[Report on the health of British troops in the Madras command]
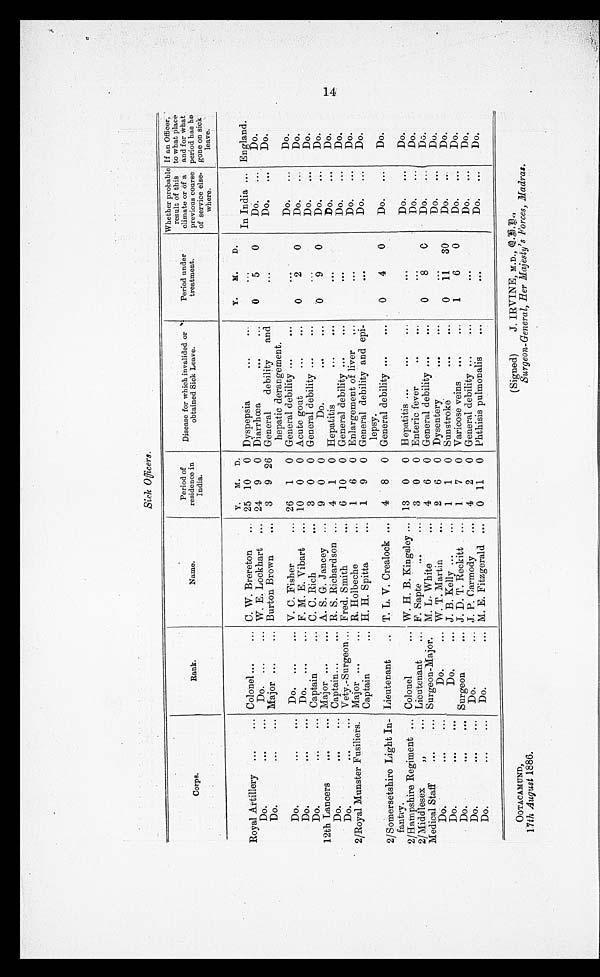
Sick Officers.
Corps.
Rank.
N a m e .
Period of
residence in
India.
Disease for which invalided or
obtained Sick Leave.
Period under
treatment.
Whether probable
result of this
climate or of a
previous course
of service else-
where.
If an Officer,
to what place
and for what
period has he
gone on sick
leave.
Royal Artillery ...
... Colonel ...
... C. W. Brereton
...
Y.
25
M.
10
D.
0 Dyspepsia
...
...
Y.
M.
...
D.
In India ... England.
Do.
...
...
Do. ...
... W. E. Lockhart ... 24
9
0 Diarrhoea
...
...
0
5
0
Do
...
Do.
Do.
...
... Major ...
... Burton Brown
...
3
9 26 General
debility
and
...
Do.
...
Do.
Do.
...
...
Do. ...
... V. C. Fisher
...
26
1
0
hepatic derangement.
General debility ...
... ...
Do.
...
Do.
Do.
...
...
Do. ...
... F. M. E. Vibart
... 10
0
0 Acute gout
...
...
0
2
0
Do.
...
Do.
Do.
...
... Captain
... C. C. Rich
...
3
0
0 General debility ...
...
...
Do.
Do.
12th Lancers
...
... Major ...
... A. S. G. Jancey
._.
9
0
0
Do.
... ...
0
9
0
Do.
.
Do.
Do.
...
... Captain...
... R. S. Richardson ...
4
1
0 Hepatitis
...
...
...
Do.
...
Do.
Do.
...
... Vety.-Surgeon... Fred. Smith
...
6 10
0 General debility ...
...
...
Do.
...
Do.
2/Royal Munster Fusiliers. Major ...
... R. Holbeche
...
1
6
0 Enlargement of liver
...
...
Do.
...
Do.
Captain
... H. H. Spitta
...
1
9
0 General debility and epi-
...
Do.
...
Do.
2/Somersetshire Light In- Lieutenant
. . . T. L. V. Crealock ...
4
8
0
lepsy.
General debility
... ...
0
4
0
Do.
...
Do.
fantry.
2/Hampshire Regiment ... Colonel
... W. H. B. Kingsley ... 13
0
0 Hepatitis ...
...
...
...
Do.
...
Do.
2/Middlesex
. . .
... Lieutenant
... F. Sapte
...
...
3
0
0 Enteric fever
..
... ...
Do.
...
Do.
Medical Staff
. . .
... Surgeon-Major.
M. L. White
4
6
0 General debility ...
...
0
8
0
Do.
...
Do.
Do.
. . .
...
Do.
... W. T. Martin
...
2
6
0 Dysentery
...
...
...
Do.
...
Do.
Do.
. . .
...
Do.
... J. B. Kelly ...
...
1
1
0 Sunstroke
...
...
0
11
30
Do.
Do.
Do.
...
... Surgeon
... J. D. T. Reckitt
...
1
7
0 Varicose veins
...
...
1
6
0
Do.
...
Do.
Do.
. . .
...
Do.
... J. P. Carmody
...
4
2
0 General debility ...
...
...
Do.
...
Do.
Do.
. . .
...
Do.
... M. E. Fitzgerald ...
0 11
0 Phthisis pulmonalis
... ...
Do.
...
Do.
OOTACAMUND,
(Signed)
J. IRVINE, M.D.,Q.B.F.,
17th August 1886.
Surgeon-General, Her Majesty's Forces, Madras.
14